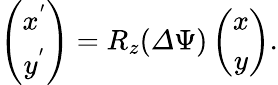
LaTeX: \begin{array}{r}{\left(\begin{array}{c}{x^{'}}\\ {y^{'}}\end{array}\right)=R_{z}({\mathit\Delta\Psi})\left(\begin{array}{c}{x}\\ {y}\end{array}\right).}\end{array}